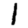
Digit: 1